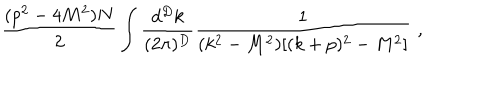
\frac { ( p ^ { 2 } - 4 M ^ { 2 } ) N } 2 \int \frac { d ^ { D } k } { ( 2 \pi ) ^ { D } } \frac { 1 } { ( k ^ { 2 } - M ^ { 2 } ) [ ( k + p ) ^ { 2 } - M ^ { 2 } ] } \, \, ,